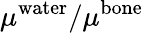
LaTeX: \mu^{\mathrm{water}}/\mu^{\mathrm{bone}}